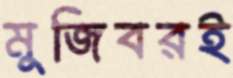
মুজিবরই